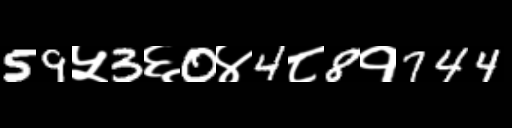
Text: 59५3६0४4८8१744